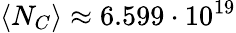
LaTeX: \langle N_{C}\rangle\approx 6.599\cdot 10^{19}